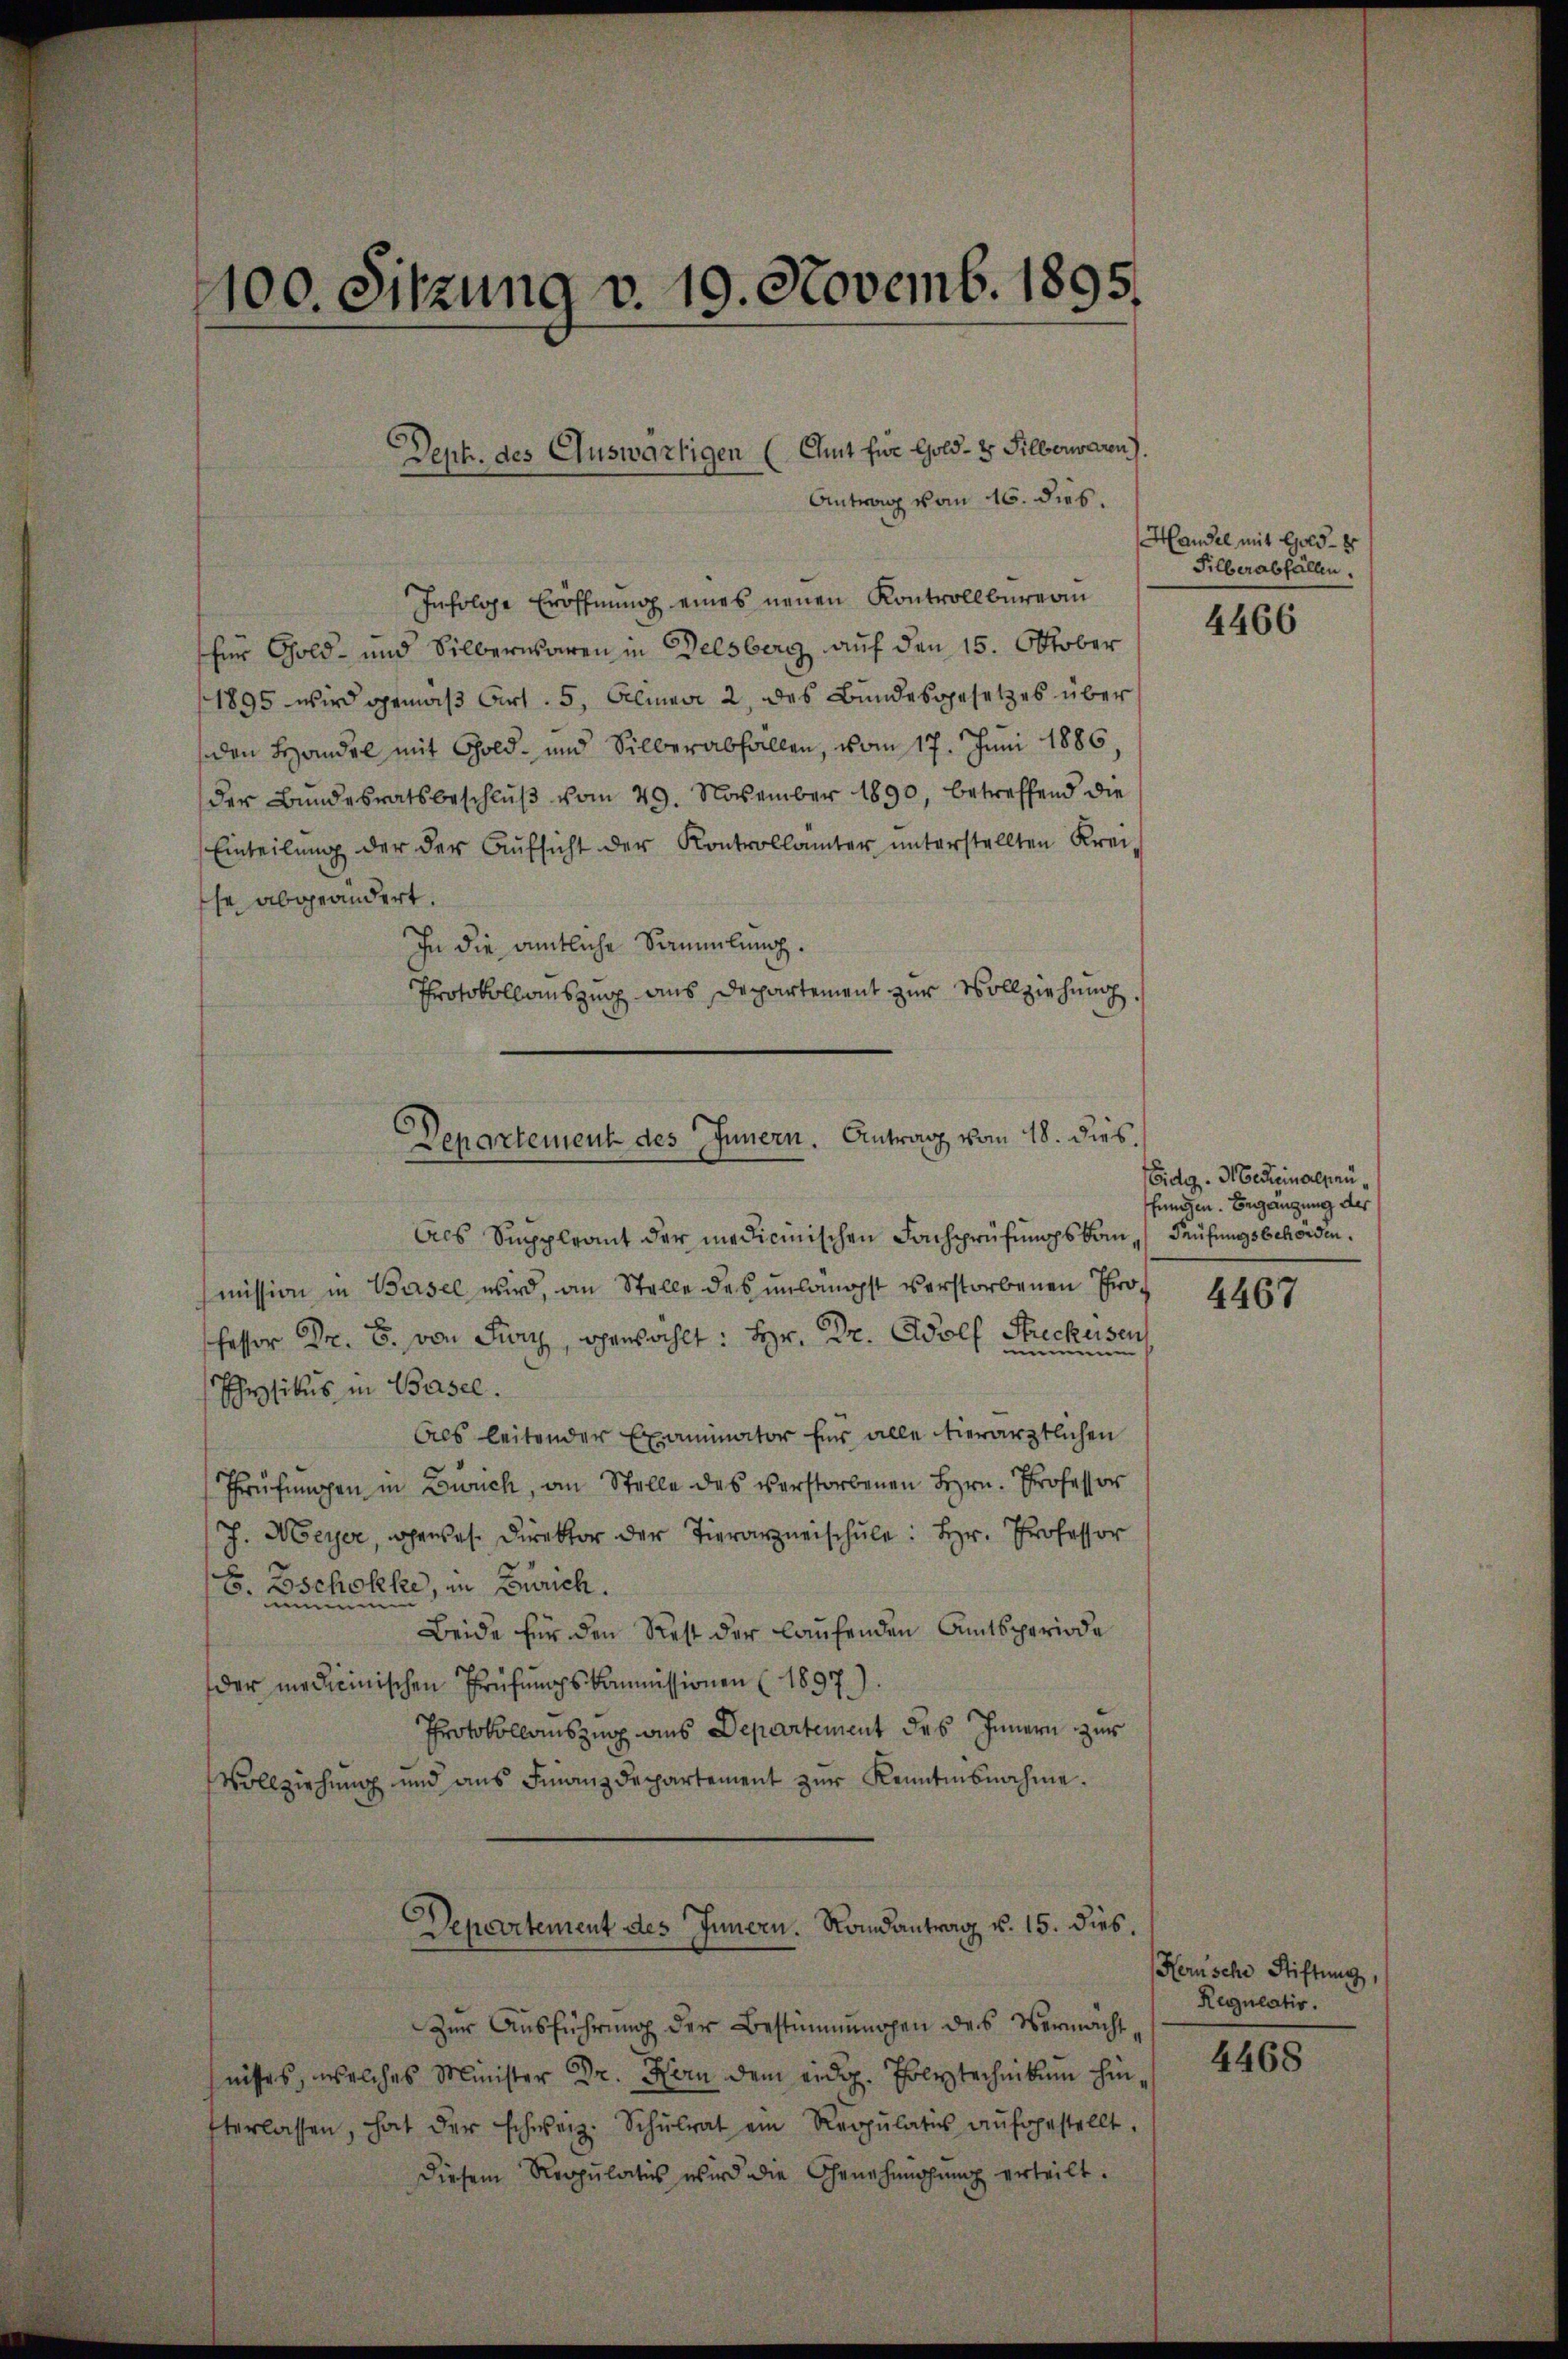
1100. Sitzung v. 19. Novemb. 1895.

Infolge Eröffnung eines neuen Kontrollbüreau
für Gold- und Silberwaren in Delsberg auf den 15. Oktober
1895 wird gemäß Art. 5, Aliner 2, des Bundesgesetzes über
den Handel mit Gold- und Silberabfallen, vom 17. Juni 1886,
der Bundesratsbeschlŭβ vom 29. November 1890, betreffend die
Einteilung der der Aufsicht der Kontrollämter unterstellten Krei-
se abgeändert.
In die amtliche Sammlung.
Protokollauszug aus Departement zur Vollziehung.

Dept. des Auswärtigen (Amt für Gold- & Silberwaren).
Antrag vom 16. dies.

Departement des Innern. Antrag vom 18. dies.

Als Suppleant der medicinischen Fachprüfungsbau-Prüfungsbehörden.
mission in Basel wird, an Stelle des unlängst verstorbenen Professor Dr. B. von Juni, gewählt: Hr. Dr. Wolf Streckusen,
nimmen
Physikus in Basel.
Als leitender Examinator für alle verärztlichen
Prüfungen in Zürich, an Stelle des verstorbenen Hrn. Professor
J. Meyer, gewese Direktor der Tierarzneischule: Hr. Professor
E. Zschokke, in Zürich.
munn
Beide für den Rest der laufenden Amtsperiode
der medicinischen Prüfungskommissionen (1897.)
Protokollauszug aus Departement des Innern zur
Vollziehung und aus Finanzdepartement zur Kenntnisnahme.
Departement des Innern. Randantrag v. 15. dies.
Zur Ausführung der Bestimmungen des Vermächt
fnisses, welches Minister Dr. Hern dem eidg. Polytechnikum hinterlassen, hat der schweiz. Schŭlrat ein Regŭlatis aŭfgestellt.
Diesem Reppulatus wird die Genehmigung erteilt.

Handel mit Gold- u
Silberabfällen.

4466

Eidg. Medicinalsenffungen. Begangung des

4467

Herische Stiftung,
Regulativ.

4468